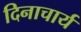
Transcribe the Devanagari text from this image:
दिनाचार्य